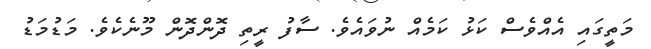
މަތީގައި އެއްވެސް ކަޅު ކަމެއް ނުވައެވެ. ސާފު ރީތި ދޮންދޮން މޫނެކެވެ. މަޑުމަޑު